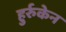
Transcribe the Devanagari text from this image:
हुर्रुकेन